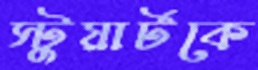
স্টুয়ার্টকে